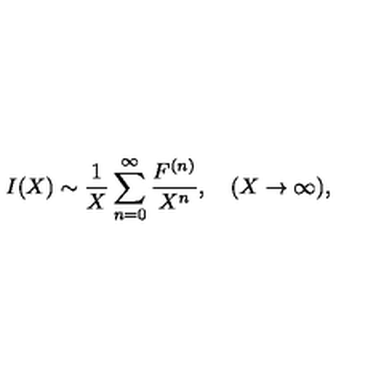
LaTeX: I ( X ) \sim \frac { 1 } { X } \sum _ { n = 0 } ^ { \infty } \frac { F ^ { ( n ) } } { X ^ { n } } , \quad ( X \to \infty ) ,